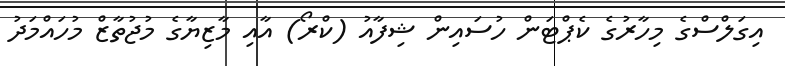
އިގަލްސްގެ މިހާރުގެ ކެޕްޓަން ހުސައިން ޝިފާއު (ކްރޯ) އާއި މާޒިޔާގެ މުޖުތާޒް މުހައްމަދު